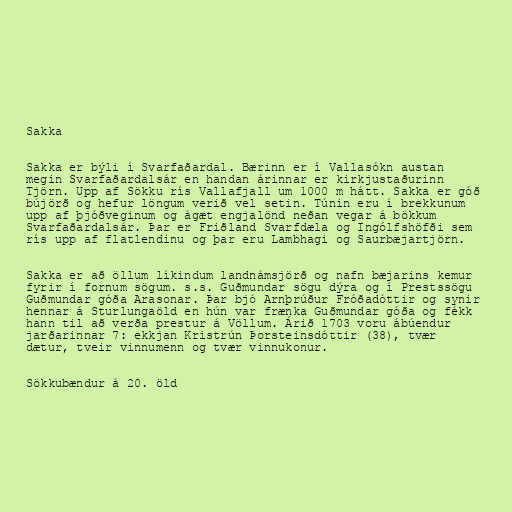
Sakka

Sakka er býli í Svarfaðardal. Bærinn er í Vallasókn austan
megin Svarfaðardalsár en handan árinnar er kirkjustaðurinn
Tjörn. Upp af Sökku rís Vallafjall um 1000 m hátt. Sakka er góð
bújörð og hefur löngum verið vel setin. Túnin eru í brekkunum
upp af þjóðveginum og ágæt engjalönd neðan vegar á bökkum
Svarfaðardalsár. Þar er Friðland Svarfdæla og Ingólfshöfði sem
rís upp af flatlendinu og þar eru Lambhagi og Saurbæjartjörn.

Sakka er að öllum líkindum landnámsjörð og nafn bæjarins kemur
fyrir í fornum sögum. s.s. Guðmundar sögu dýra og í Prestssögu
Guðmundar góða Arasonar. Þar bjó Arnþrúður Fróðadóttir og synir
hennar á Sturlungaöld en hún var frænka Guðmundar góða og fékk
hann til að verða prestur á Völlum. Árið 1703 voru ábúendur
jarðarinnar 7: ekkjan Kristrún Þorsteinsdóttir (38), tvær
dætur, tveir vinnumenn og tvær vinnukonur.

Sökkubændur á 20. öld